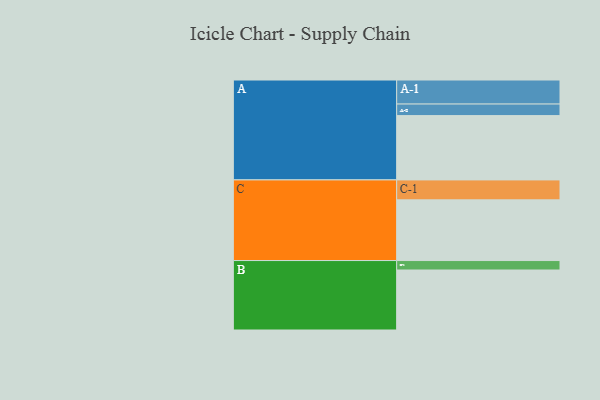
{"axis": {"x": "Segment", "y": "Value"}, "legend": ["", "A", "B", "C"], "data": [{"x": "A", "y": 551, "type": ""}, {"x": "B", "y": 514, "type": ""}, {"x": "C", "y": 520, "type": ""}, {"x": "A-1", "y": 206, "type": "A"}, {"x": "A-2", "y": 99, "type": "A"}, {"x": "B-1", "y": 81, "type": "B"}, {"x": "C-1", "y": 171, "type": "C"}]}